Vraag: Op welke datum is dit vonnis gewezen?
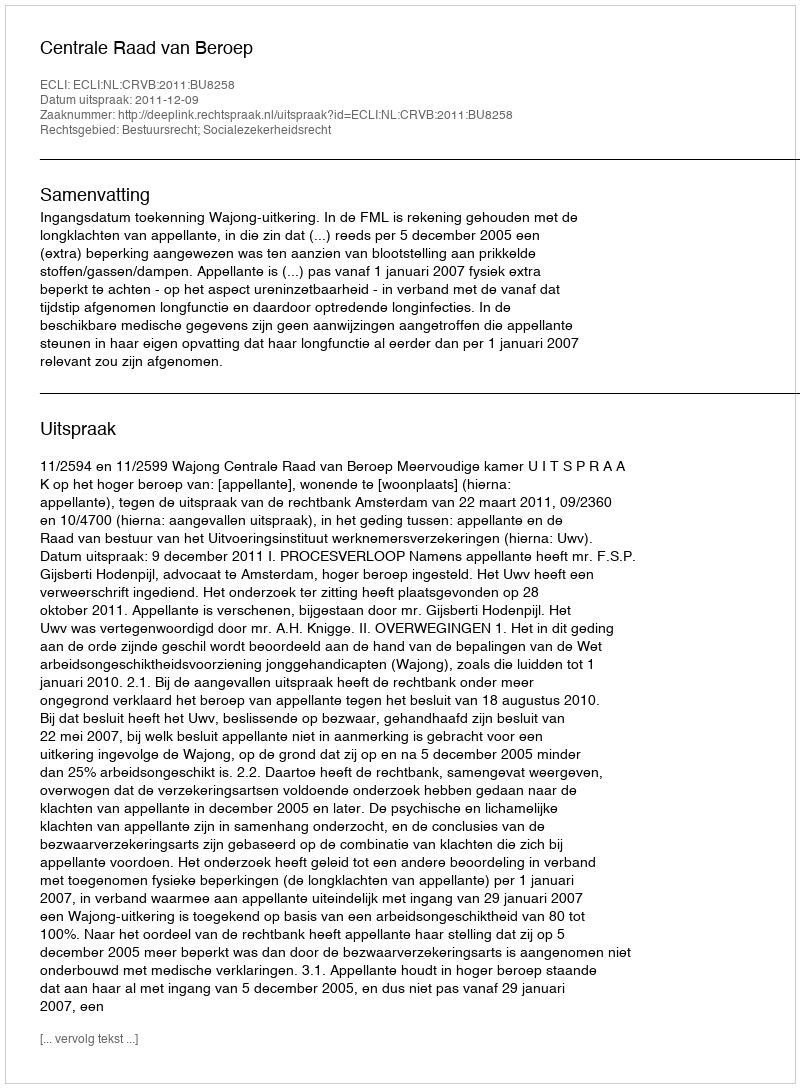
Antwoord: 2011-12-09